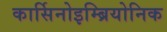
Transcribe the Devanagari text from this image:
कार्सिनोइम्ब्रियोनिक